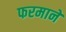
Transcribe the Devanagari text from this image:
फरमाने